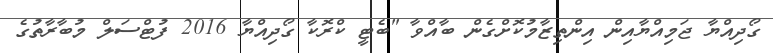
ގޯދިއްޔާ ޖަމިއްޔާއިން އިންތިޒާމުކޮށްގެން ބާއްވާ "ބެޓީ ކްރޮކާ ގޯދިއްޔާ 2016 ފުޓްސަލް މުބާރާތުގެ